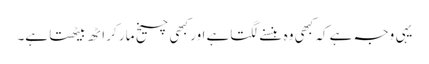
یہی وجہ ہے کہ کبھی وہ ہنسنے لگتاہے اور کبھی چیخ مار کر اٹھ بیٹھتا ہے۔